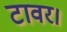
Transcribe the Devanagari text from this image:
टावर।